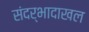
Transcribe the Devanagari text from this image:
संदर्भादाखल